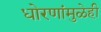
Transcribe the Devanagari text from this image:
धोरणांमुळेही